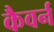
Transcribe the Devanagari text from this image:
कैवर्न